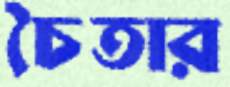
চৈতার